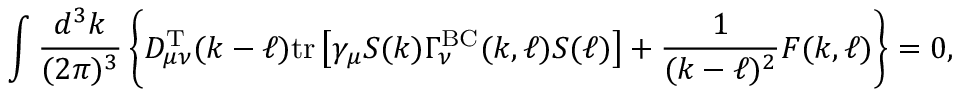
\int \frac { d ^ { 3 } k } { ( 2 \pi ) ^ { 3 } } \left\{ D _ { \mu \nu } ^ { \mathrm { T } } ( k - \ell ) \mathrm { t r } \left[ \gamma _ { \mu } S ( k ) \Gamma _ { \nu } ^ { \mathrm { B C } } ( k , \ell ) S ( \ell ) \right] + \frac { 1 } { ( k - \ell ) ^ { 2 } } F ( k , \ell ) \right\} = 0 ,